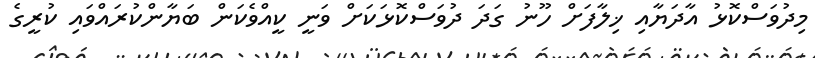
މިދުވަސްކޮޅު އާދަޔާއި ޚިލާފަށް ހޫނު ގަދަ ދުވަސްކޮޅަކަށް ވަނީ ކީއްވެކަން ބަޔާންކުރައްވައި ކުރީގެ